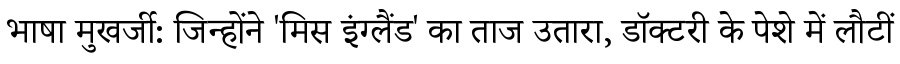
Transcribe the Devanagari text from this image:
भाषा मुखर्जी: जिन्होंने 'मिस इंग्लैंड' का ताज उतारा, डॉक्टरी के पेशे में लौटीं